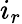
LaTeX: i_{r}